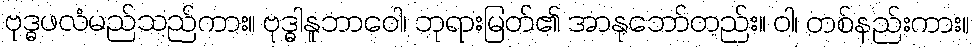
ဗုဒ္ဓဖလံမည်သည်ကား။ ဗုဒ္ဓါနူဘာဝေါ၊ ဘုရားမြတ်၏ အာနုဘော်တည်း။ ဝါ၊ တစ်နည်းကား။